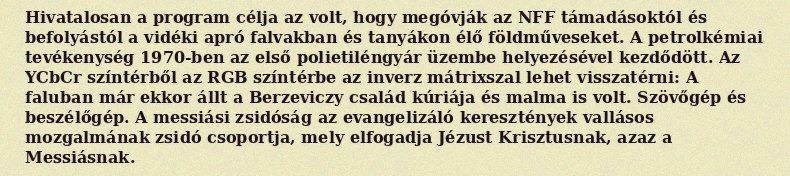
Hivatalosan a program célja az volt, hogy megóvják az NFF támadásoktól és befolyástól a vidéki apró falvakban és tanyákon élő földműveseket. A petrolkémiai tevékenység 1970-ben az első polietiléngyár üzembe helyezésével kezdődött. Az YCbCr színtérből az RGB színtérbe az inverz mátrixszal lehet visszatérni: A faluban már ekkor állt a Berzeviczy család kúriája és malma is volt. Szövőgép és beszélőgép. A messiási zsidóság az evangelizáló keresztények vallásos mozgalmának zsidó csoportja, mely elfogadja Jézust Krisztusnak, azaz a Messiásnak.